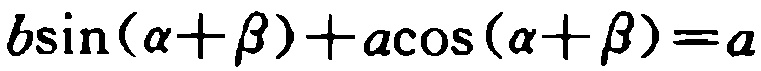
\(b\sin(\alpha+\beta)+a\cos(\alpha+\beta)=a\)